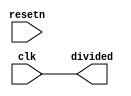
module divider #(
    parameter integer DIVISOR = 1
) (
    input clk,
    input resetn,
    output divided
);
    reg [$clog2(DIVISOR):0] counter;

    always @(posedge clk) begin
        if (!resetn) begin
            counter <= DIVISOR - 1;
        end else begin
            if (counter == 0) begin
                counter <= DIVISOR - 1;
            end else begin
                counter <= counter - 1;
            end
        end
    end

    assign divided = (DIVISOR == 1)
                        ? clk
                        : counter >= DIVISOR / 2;

endmodule